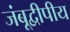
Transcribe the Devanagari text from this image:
जंबूद्वीपीय